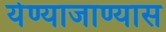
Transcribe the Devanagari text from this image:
येण्याजाण्यास